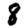
Digit: 8